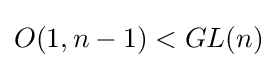
O(1,n-1)<GL(n)